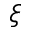
\xi